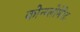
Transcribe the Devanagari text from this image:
कोन्ग्लोमेरेट